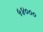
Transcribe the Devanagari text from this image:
५४०००